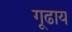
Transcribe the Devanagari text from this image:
गूढाय